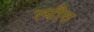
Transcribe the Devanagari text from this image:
त्यौद